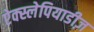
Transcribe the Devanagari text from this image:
ऐक्स्लेपियाडीज़